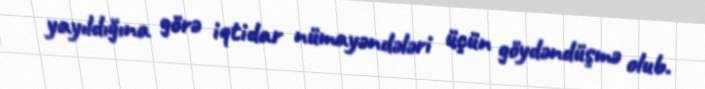
yayıldığına görə iqtidar nümayəndələri üçün göydəndüşmə olub.